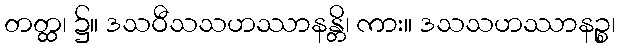
တတ္ထ၊ ၌။ ဒသဝီသသဟဿာနန္တိ၊ ကား။ ဒသသဟဿာနဉ္စ၊